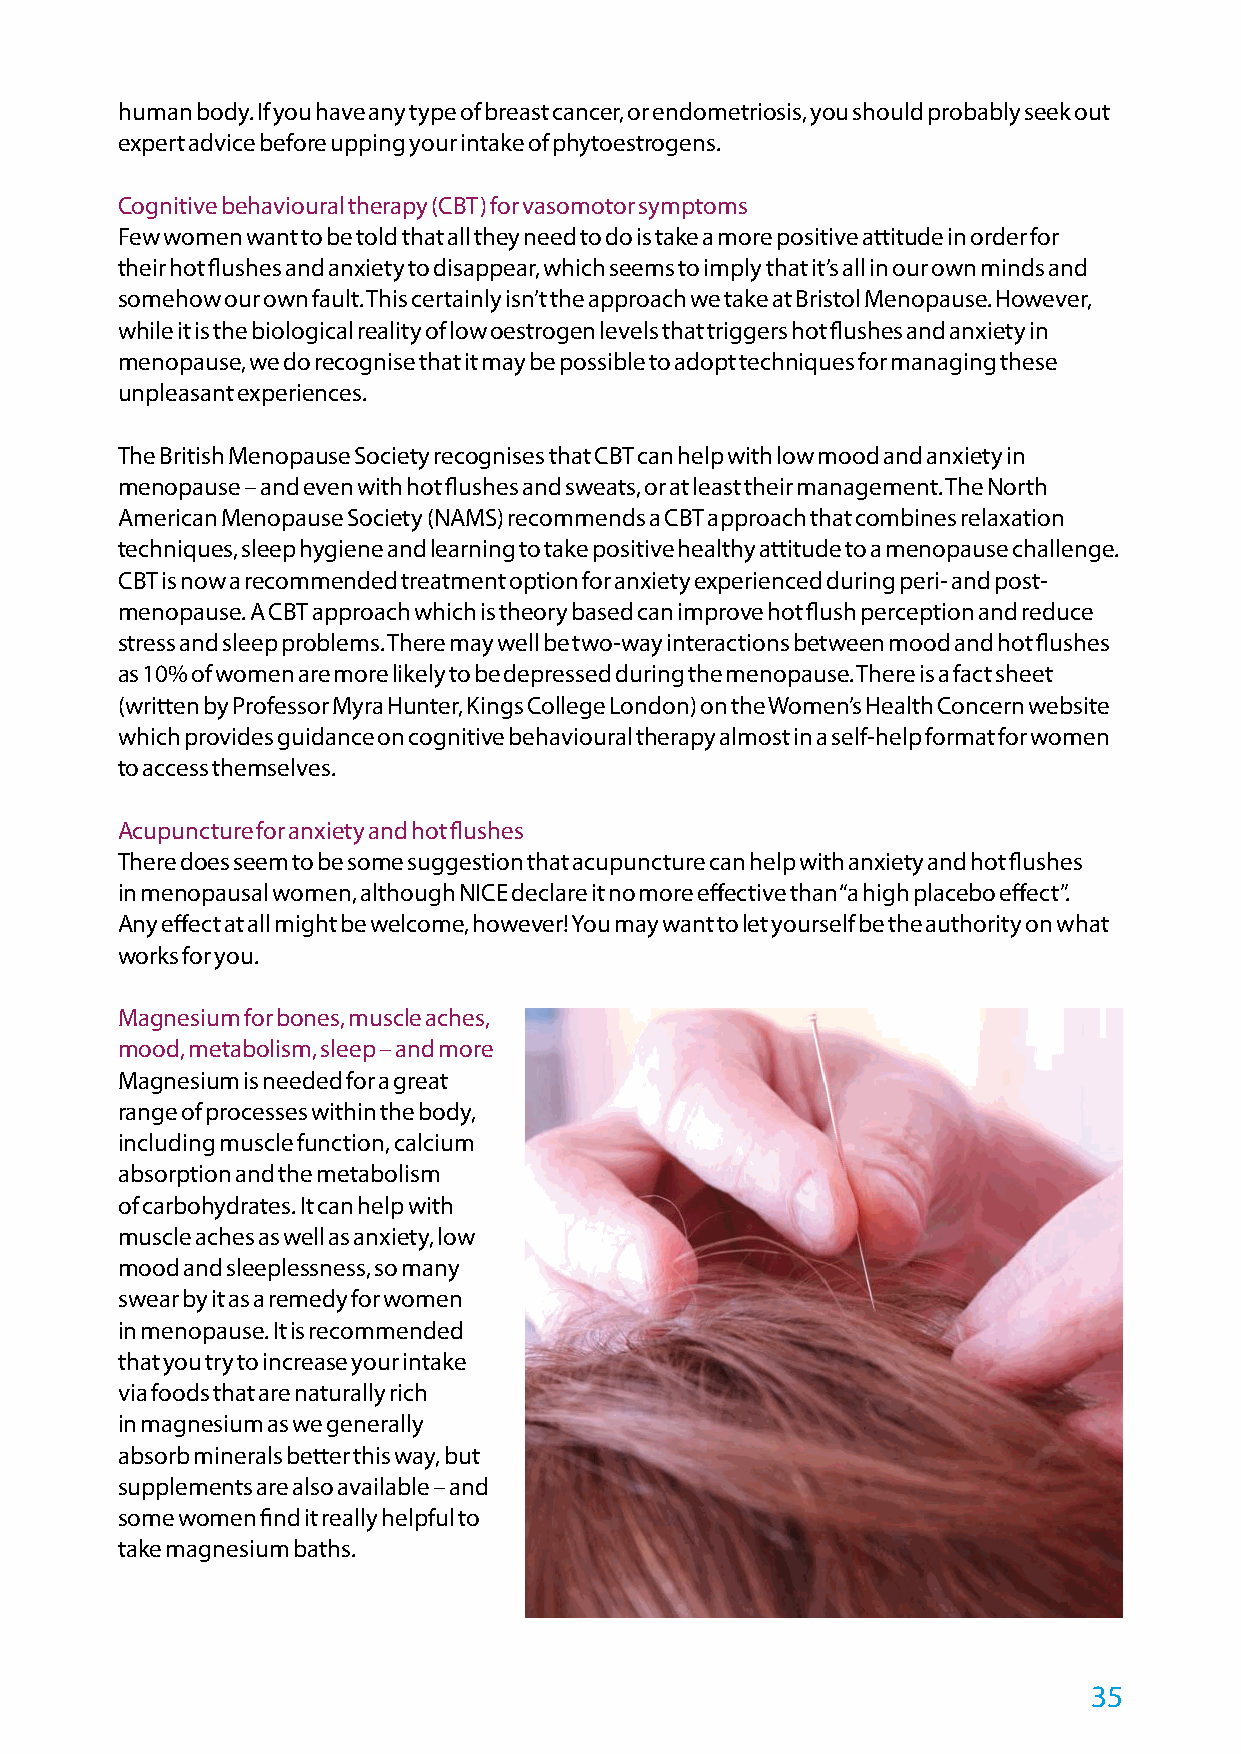
human body. If you have any type of breast cancer, or endometriosis, you should probably seek out
 expert advice before upping your intake of phytoestrogens.
 Cognitive behavioural therapy (CBT) for vasomotor symptoms
 Few women want to be told that all they need to do is take a more positive attitude in order for
 their hot flushes and anxiety to disappear, which seems to imply that it’s all in our own minds and
 somehow our own fault. This certainly isn’t the approach we take at Bristol Menopause. However,
 while it is the biological reality of low oestrogen levels that triggers hot flushes and anxiety in
 menopause, we do recognise that it may be possible to adopt techniques for managing these
 unpleasant experiences.
 The British Menopause Society recognises that CBT can help with low mood and anxiety in
 menopause – and even with hot flushes and sweats, or at least their management. The North
 American Menopause Society (NAMS) recommends a CBT approach that combines relaxation
 techniques, sleep hygiene and learning to take positive healthy attitude to a menopause challenge.
 CBT is now a recommended treatment option for anxiety experienced during peri- and post-
 menopause. A CBT approach which is theory based can improve hot flush perception and reduce
 stress and sleep problems. There may well be two-way interactions between mood and hot flushes
 as 10% of women are more likely to be depressed during the menopause. There is a fact sheet
 (written by Professor Myra Hunter, Kings College London) on the Women’s Health Concern website
 which provides guidance on cognitive behavioural therapy almost in a self-help format for women
 to access themselves.
 Acupuncture for anxiety and hot flushes
 There does seem to be some suggestion that acupuncture can help with anxiety and hot flushes
 in menopausal women, although NICE declare it no more effective than “a high placebo effect”.
 Any effect at all might be welcome, however! You may want to let yourself be the authority on what
 works for you.
 Magnesium for bones, muscle aches,
 mood, metabolism, sleep – and more
 Magnesium is needed for a great
 range of processes within the body,
 including muscle function, calcium
 absorption and the metabolism
 of carbohydrates. It can help with
 muscle aches as well as anxiety, low
 mood and sleeplessness, so many
 swear by it as a remedy for women
 in menopause. It is recommended
 that you try to increase your intake
 via foods that are naturally rich
 in magnesium as we generally
 absorb minerals better this way, but
 supplements are also available – and
 some women find it really helpful to
 take magnesium baths.
 35